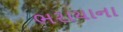
ભરાયાના